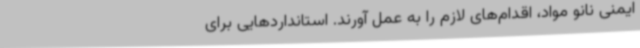
ایمنی نانو مواد، اقدام‌های لازم را به عمل آورند. استانداردهایی برای